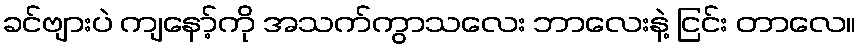
ခင်ဗျားပဲ ကျနော့်ကို အသက်ကွာသလေး ဘာလေးနဲ့ ငြင်း တာလေ။